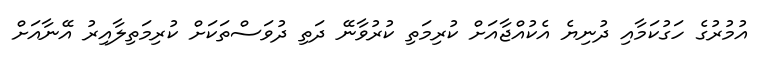
އުމުރުގެ ހަގުކަމާއި ދުނިޔެ އެކުއްޖާއަށް ކުރިމަތި ކުރުވާނޭ ދަތި ދުވަސްތަކަށް ކުރިމަތިލާއިރު އޭނާއަށް